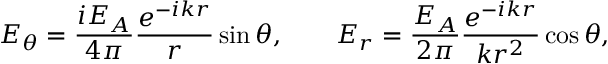
E _ { \theta } = \frac { i E _ { A } } { 4 \pi } \frac { e ^ { - i k r } } { r } \sin \theta , \qquad E _ { r } = \frac { E _ { A } } { 2 \pi } \frac { e ^ { - i k r } } { k r ^ { 2 } } \cos \theta ,